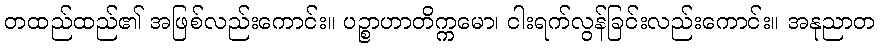
တထည်ထည်၏ အဖြစ်လည်းကောင်း။ ပဉ္စာဟာတိက္ကမော၊ ငါးရက်လွန်ခြင်းလည်းကောင်း။ အနုညာတ